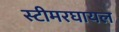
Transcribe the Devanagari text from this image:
स्टीमरघायल